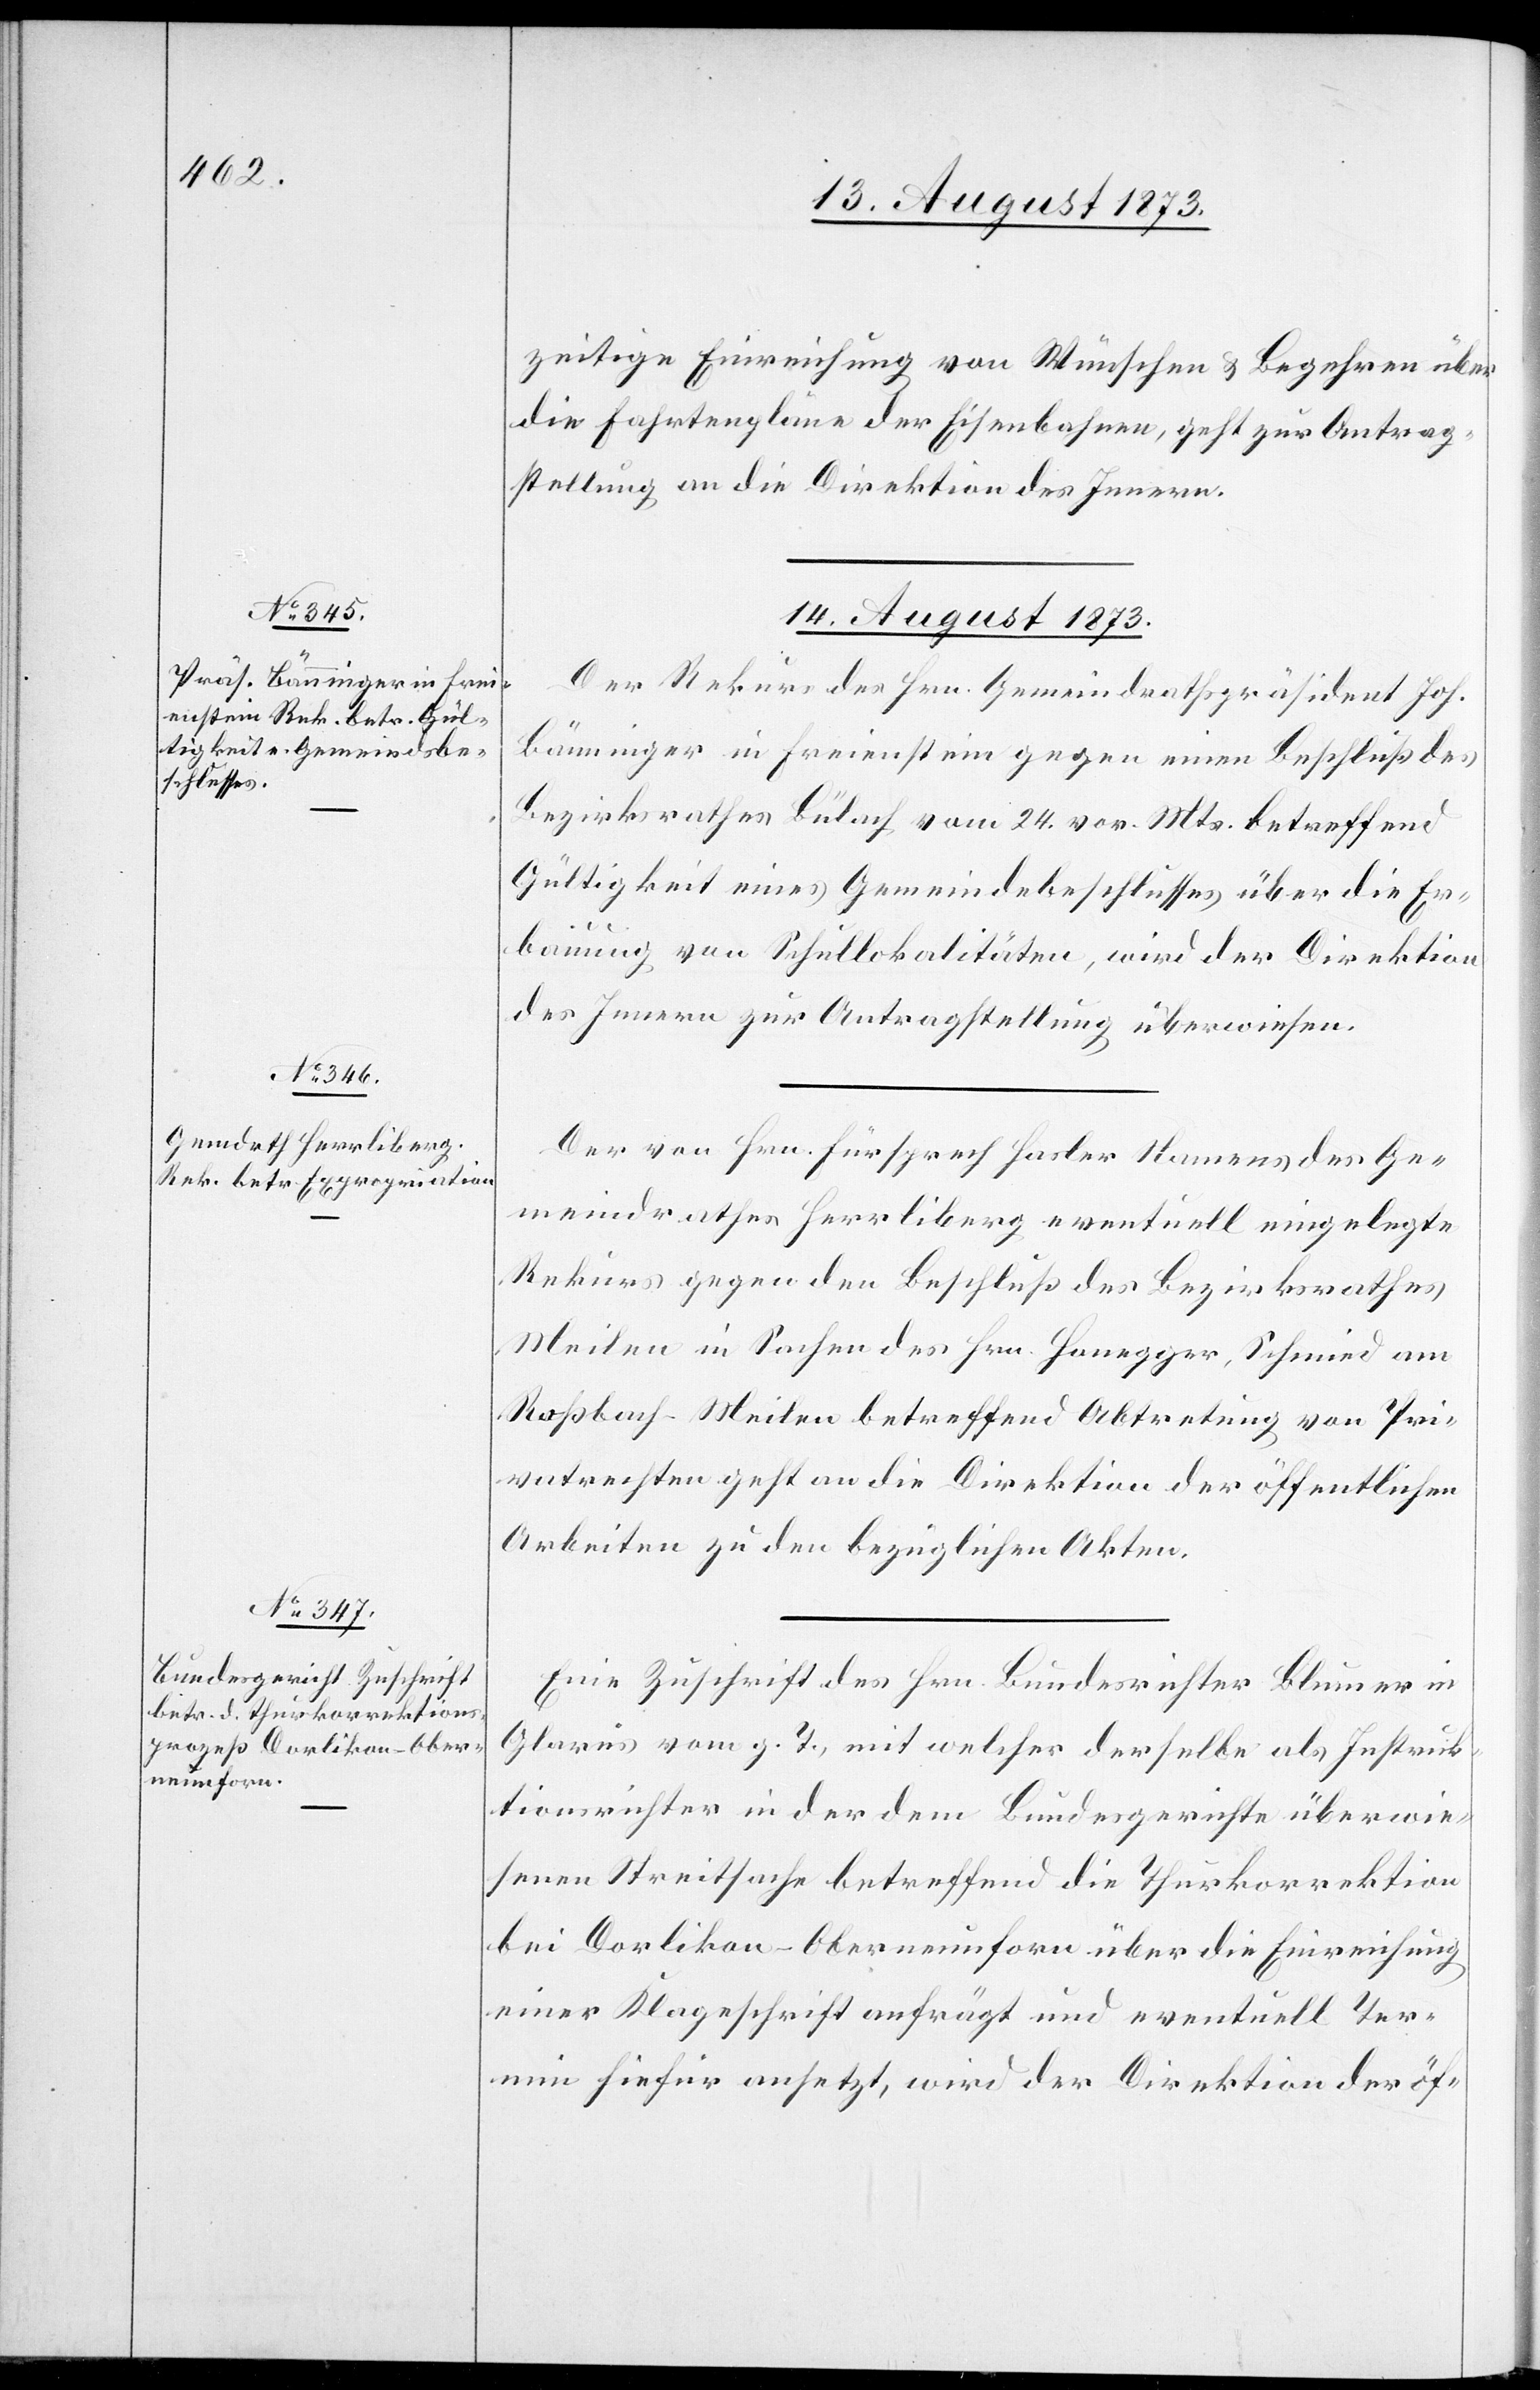
zeitige Einreichung von Wünschen & Begehren über
die Fahrtenpläne der Eisenbahnen, geht zur Antrag¬
stellung an die Direktion des Innern.
14. August 1873.]
Der Rekurs des Hrn. Gemeindrathspräsident Joh.
Bänninger in Freienstein gegen einen Beschluß des
Bezirksrathes Bülach vom 24. vor. Mts. betreffend
Gültigkeit eines Gemeindebeschlusses über die Er¬
bauung von Schullokalitäten, wird der Direktion
des Innern zur Antragstellung überwiesen.
Der von Hrn. Fürsprech Hasler Namens des Ge¬
meindrathes Herrliberg eventuell eingelegte
Rekurs gegen den Beschluß des Bezirksrathes
Meilen in Sachen des Hrn. Honegger, Schmied am
Roßbach-Meilen betreffend Abtretung von Pri¬
vatrechten geht an die Direktion der öffentlichen
Arbeiten zu den bezüglichen Akten.
Eine Zuschrift des Hrn. Bundesrichter Blumer in
Glarus vom g. T., mit welcher derselbe als Instruk¬
tionsrichter in der dem Bundesgerichte überwie¬
senen Streitsache betreffend die Thurkorrektion
bei Dorlikon-Oberneunforn über die Einreichung
einer Klageschrift anfrägt und eventuell Ter¬
min hiefür ansetzt, wird der Direktion der öf-